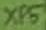
Text: XP5